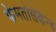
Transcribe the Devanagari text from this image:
फेमतोसेकेन्‍ड